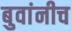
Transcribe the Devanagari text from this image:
बुवांनीच